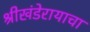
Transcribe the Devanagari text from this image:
श्रीखंडेरायाचा